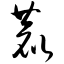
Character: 鹿